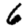
Digit: 6